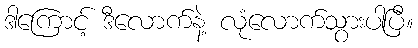
ဒါကြောင့် ဒီလောက်နဲ့ လုံလောက်သွားပါပြီ။